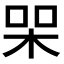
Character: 𭩸